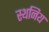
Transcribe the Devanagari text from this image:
स्थनिय